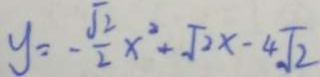
y = - \frac { \sqrt { 2 } } { 2 } x ^ { 2 } + \sqrt { 2 x } - 4 \sqrt { 2 }